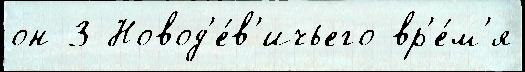
он 3 Новод'е́в'ичьего вр'е́м'я